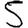
Digit: 5